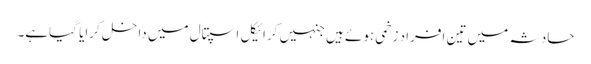
حادثہ میں تین افراد زخمی ہوئے ہیں جنہیں کرائیکل اسپتال میں داخل کرایا گیاہے۔